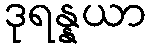
ဒုရန္နယာ